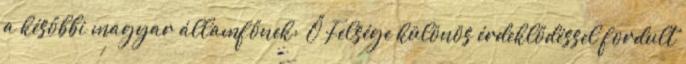
a későbbi magyar államfőnek: „Ő Felsége különös érdeklődéssel fordult